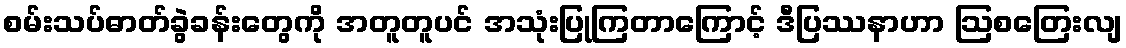
စမ်းသပ်ဓာတ်ခွဲခန်းတွေကို အတူတူပင် အသုံးပြုကြတာကြောင့် ဒီပြဿနာဟာ ဩစတြေးလျ